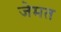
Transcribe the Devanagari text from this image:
जेमत